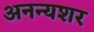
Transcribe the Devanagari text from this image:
अनन्यशर